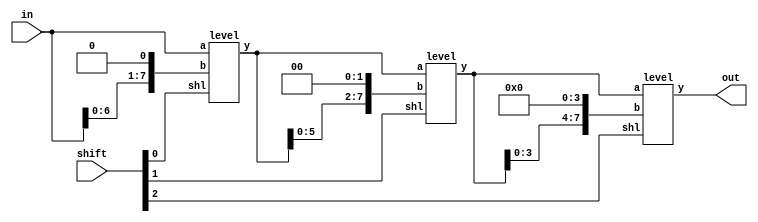
module barrel_shifter_gate(in, shift, out);
input  [7:0] in;
input  [2:0] shift;
output [7:0] out;

/*Write your code here*/
	wire [7:0] w0, w1;

	level L0(.a(in), .b({in[6:0], 1'b0}), .shl(shift[0]), .y(w0));
	level L1(.a(w0), .b({w0[5:0], {2{1'b0}}}), .shl(shift[1]), .y(w1));
	level L2(.a(w1), .b({w1[3:0], {4{1'b0}}}), .shl(shift[2]), .y(out));

/*End of code*/
endmodule

module level (
	input [7:0] a,
	input [7:0] b,
	input shl,
	output [7:0] y
);
	mux MUX0(.x(y[0]), .a(a[0]), .b(b[0]), .sel(shl));
	mux MUX1(.x(y[1]), .a(a[1]), .b(b[1]), .sel(shl));
	mux MUX2(.x(y[2]), .a(a[2]), .b(b[2]), .sel(shl));
	mux MUX3(.x(y[3]), .a(a[3]), .b(b[3]), .sel(shl));
	mux MUX4(.x(y[4]), .a(a[4]), .b(b[4]), .sel(shl));
	mux MUX5(.x(y[5]), .a(a[5]), .b(b[5]), .sel(shl));
	mux MUX6(.x(y[6]), .a(a[6]), .b(b[6]), .sel(shl));
	mux MUX7(.x(y[7]), .a(a[7]), .b(b[7]), .sel(shl));

endmodule

module mux (x,a,b,sel);
input 	a,b,sel;
output 	x;
wire sel_i,w1,w2;

not #1 n0(sel_i,sel);
and #1 a1(w1,a,sel_i); //0
and #1 a2(w2,b,sel); //1
or #1 o1(x,w1,w2);

	
endmodule